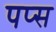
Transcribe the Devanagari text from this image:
पप्स